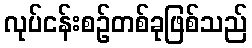
လုပ်ငန်းစဉ်တစ်ခုဖြစ်သည်